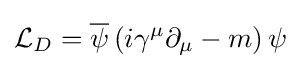
{\mathcal {L}}_{D}={\overline {\psi }}\left(i\gamma ^{\mu }\partial _{\mu }-m\right)\psi